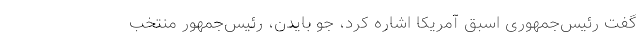
گفت رئیس‌جمهوری اسبق آمریکا اشاره کرد، جو بایدن، رئیس‌جمهور منتخب